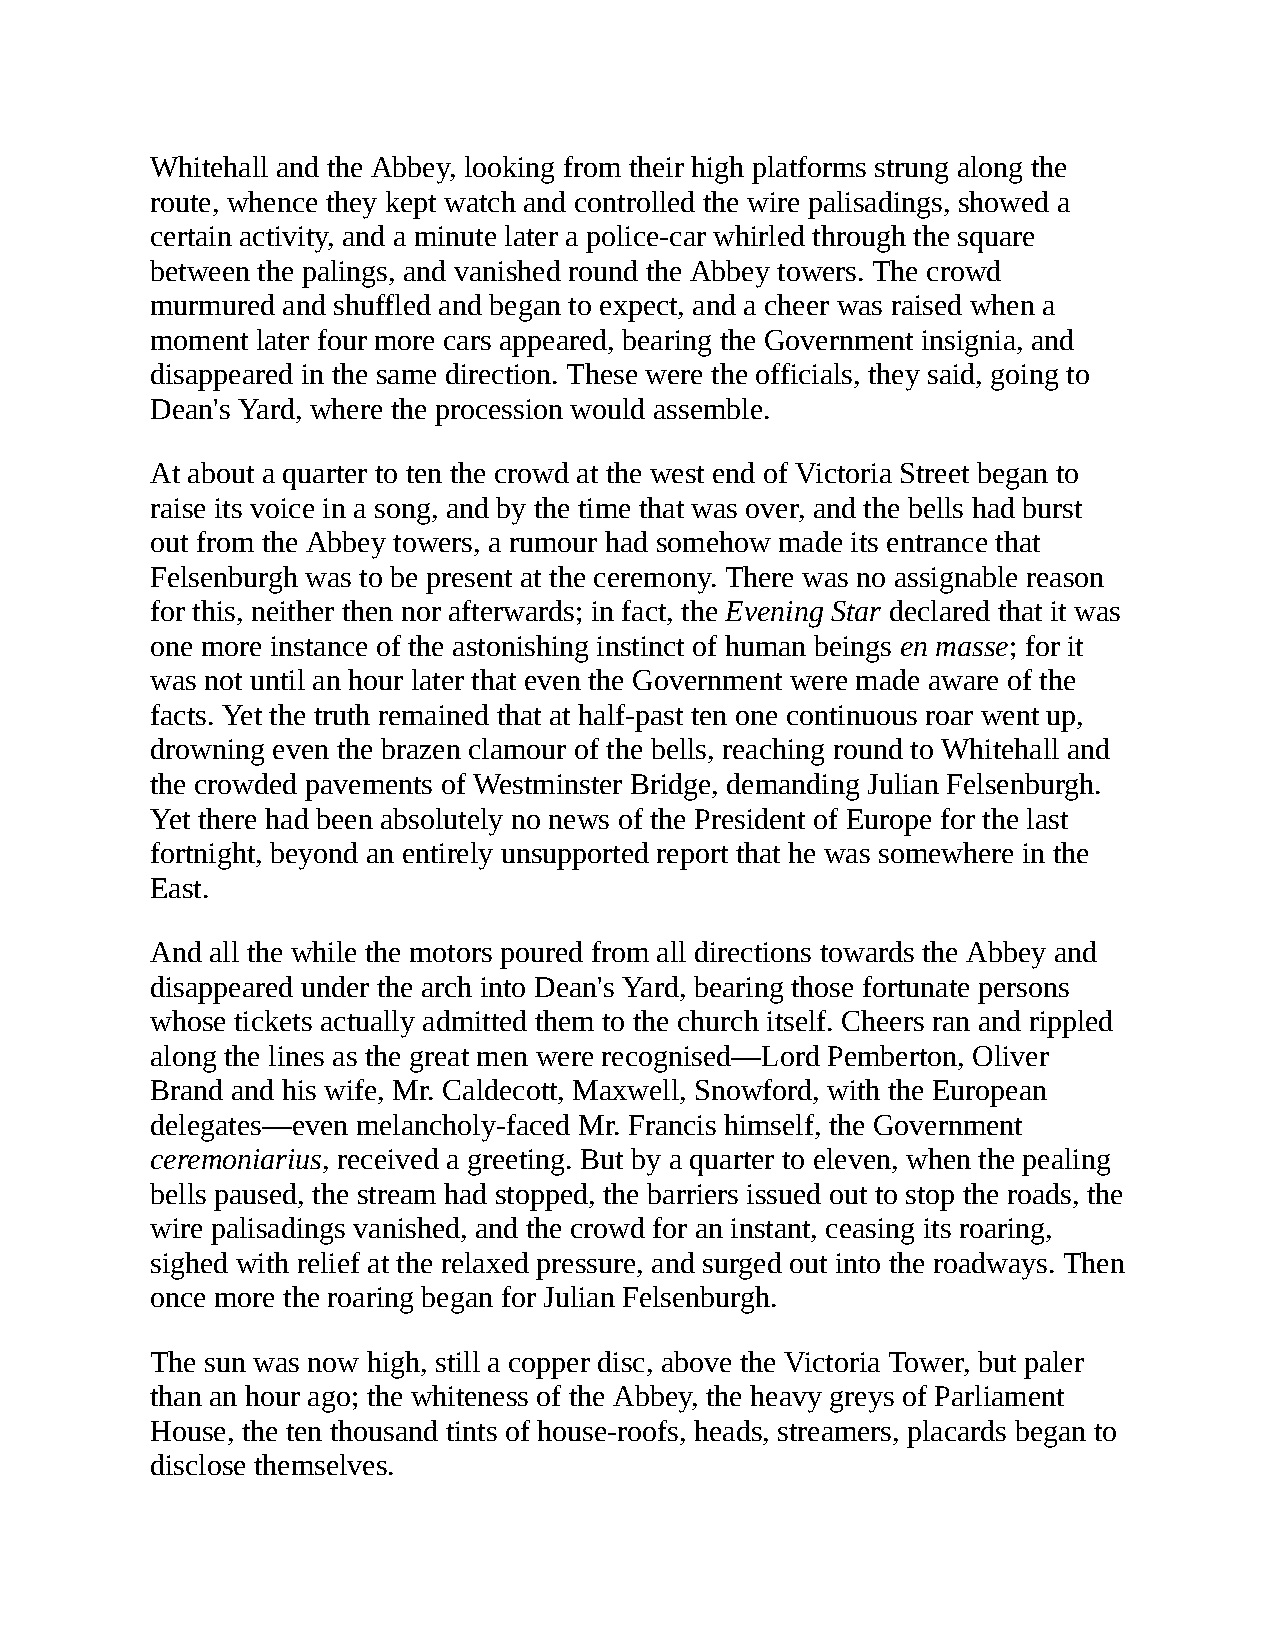
Whitehall and the Abbey, looking from their high platforms strung along the
 route, whence they kept watch and controlled the wire palisadings, showed a
 certain activity, and a minute later a police-car whirled through the square
 between the palings, and vanished round the Abbey towers. The crowd
 murmured and shuffled and began to expect, and a cheer was raised when a
 moment later four more cars appeared, bearing the Government insignia, and
 disappeared in the same direction. These were the officials, they said, going to
 Dean's Yard, where the procession would assemble.
 At about a quarter to ten the crowd at the west end of Victoria Street began to
 raise its voice in a song, and by the time that was over, and the bells had burst
 out from the Abbey towers, a rumour had somehow made its entrance that
 Felsenburgh was to be present at the ceremony. There was no assignable reason
 for this, neither then nor afterwards; in fact, the Evening Star declared that it was
 one more instance of the astonishing instinct of human beings en masse; for it
 was not until an hour later that even the Government were made aware of the
 facts. Yet the truth remained that at half-past ten one continuous roar went up,
 drowning even the brazen clamour of the bells, reaching round to Whitehall and
 the crowded pavements of Westminster Bridge, demanding Julian Felsenburgh.
 Yet there had been absolutely no news of the President of Europe for the last
 fortnight, beyond an entirely unsupported report that he was somewhere in the
 East.
 And all the while the motors poured from all directions towards the Abbey and
 disappeared under the arch into Dean's Yard, bearing those fortunate persons
 whose tickets actually admitted them to the church itself. Cheers ran and rippled
 along the lines as the great men were recognised—Lord Pemberton, Oliver
 Brand and his wife, Mr. Caldecott, Maxwell, Snowford, with the European
 delegates—even melancholy-faced Mr. Francis himself, the Government
 ceremoniarius, received a greeting. But by a quarter to eleven, when the pealing
 bells paused, the stream had stopped, the barriers issued out to stop the roads, the
 wire palisadings vanished, and the crowd for an instant, ceasing its roaring,
 sighed with relief at the relaxed pressure, and surged out into the roadways. Then
 once more the roaring began for Julian Felsenburgh.
 The sun was now high, still a copper disc, above the Victoria Tower, but paler
 than an hour ago; the whiteness of the Abbey, the heavy greys of Parliament
 House, the ten thousand tints of house-roofs, heads, streamers, placards began to
 disclose themselves.